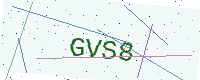
Text: GVS8